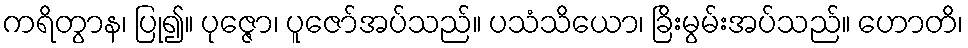
ကရိတွာန၊ ပြု၍။ ပုဇ္ဇော၊ ပူဇော်အပ်သည်။ ပသံသိယော၊ ခြိးမွမ်းအပ်သည်။ ဟောတိ၊